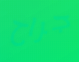
جراح